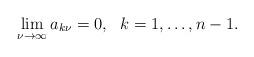
LaTeX: \begin{align*}\lim_{\nu\to\infty} a_{k\nu} = 0,\ \ k=1,\dots, n-1 .\end{align*}